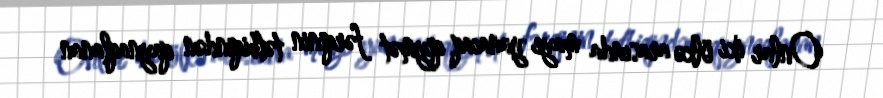
Onlar iki ölkə arasında maye yanacaq qiymət fərqinin tətbiqindən qaynaqlanan